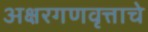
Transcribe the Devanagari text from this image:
अक्षरगणवृत्ताचे